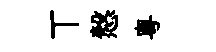
丅慤粤